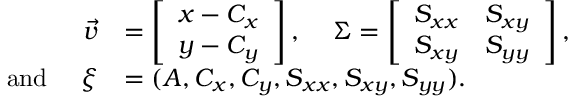
\begin{array} { r l } { \vec { v } } & { = \left[ \begin{array} { l } { x - C _ { x } } \\ { y - C _ { y } } \end{array} \right] \mathrm { , } ~ ~ ~ ~ \Sigma = \left[ \begin{array} { l l } { S _ { x x } } & { S _ { x y } } \\ { S _ { x y } } & { S _ { y y } } \end{array} \right] \mathrm { , } } \\ { \mathrm { a n d } ~ ~ ~ ~ \xi } & { = ( A , C _ { x } , C _ { y } , S _ { x x } , S _ { x y } , S _ { y y } ) . } \end{array}